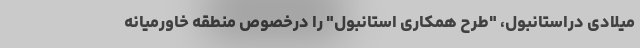
میلادی دراستانبول، "طرح همکاری استانبول" را درخصوص منطقه خاورمیانه